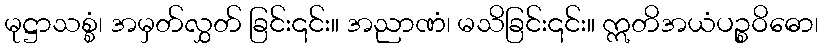
မုဋ္ဌာသစ္စံ၊ အမှတ်လွှတ် ခြင်း၎င်း။ အညာဏံ၊ မသိခြင်း၎င်း။ ဣတိအယံပဉ္စဝိဓော၊